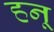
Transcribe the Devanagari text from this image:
हनू